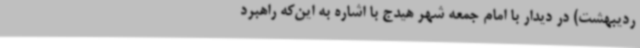
ردیبهشت) در دیدار با امام‌ جمعه شهر هیدج با اشاره به این‌که راهبرد